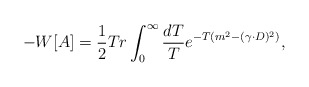
\begin{align*}-W[A]={1\over2}Tr\int_0^\infty\frac{dT}{T}e^{-T(m^2-(\gamma\cdot D)^2)},\end{align*}